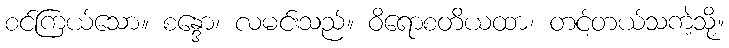
စင်ကြယ်သော။ စန္ဒော၊ လမင်းသည်။ ဝိရောစတိယထာ၊ တင့်တယ်သကဲ့သို့။